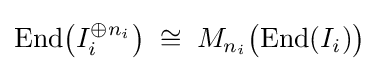
\mathrm {End} {\big (}I_{i}^{\oplus n_{i}}{\big )}\;\cong \;M_{n_{i}}{\big (}\mathrm {End} (I_{i}){\big )}